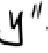
$y^{\prime\prime}$